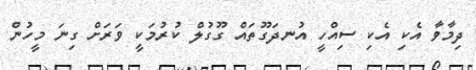
ދިމާވާ އެކި އެކި ސިއްހީ އުނދަގޫތައް ގޫގުލް ކުރުމަކީ ވަރަށް ގިނަ މީހުން